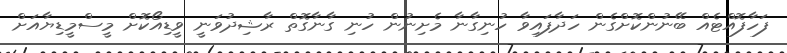
ފަހާފޮއްޓެއް ބޭނުންކޮށްގެން ހަދާފައިވާ ހުނިގާނާ މެށިނުން ހުނި ގާނާގޮތް ރާޝިދުވަނީ ވީޑިއޯކޮށް މީސްމީޑިޔާއަށް